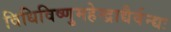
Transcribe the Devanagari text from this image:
विधिविष्णुमहेन्द्राद्यैर्वन्द्यः